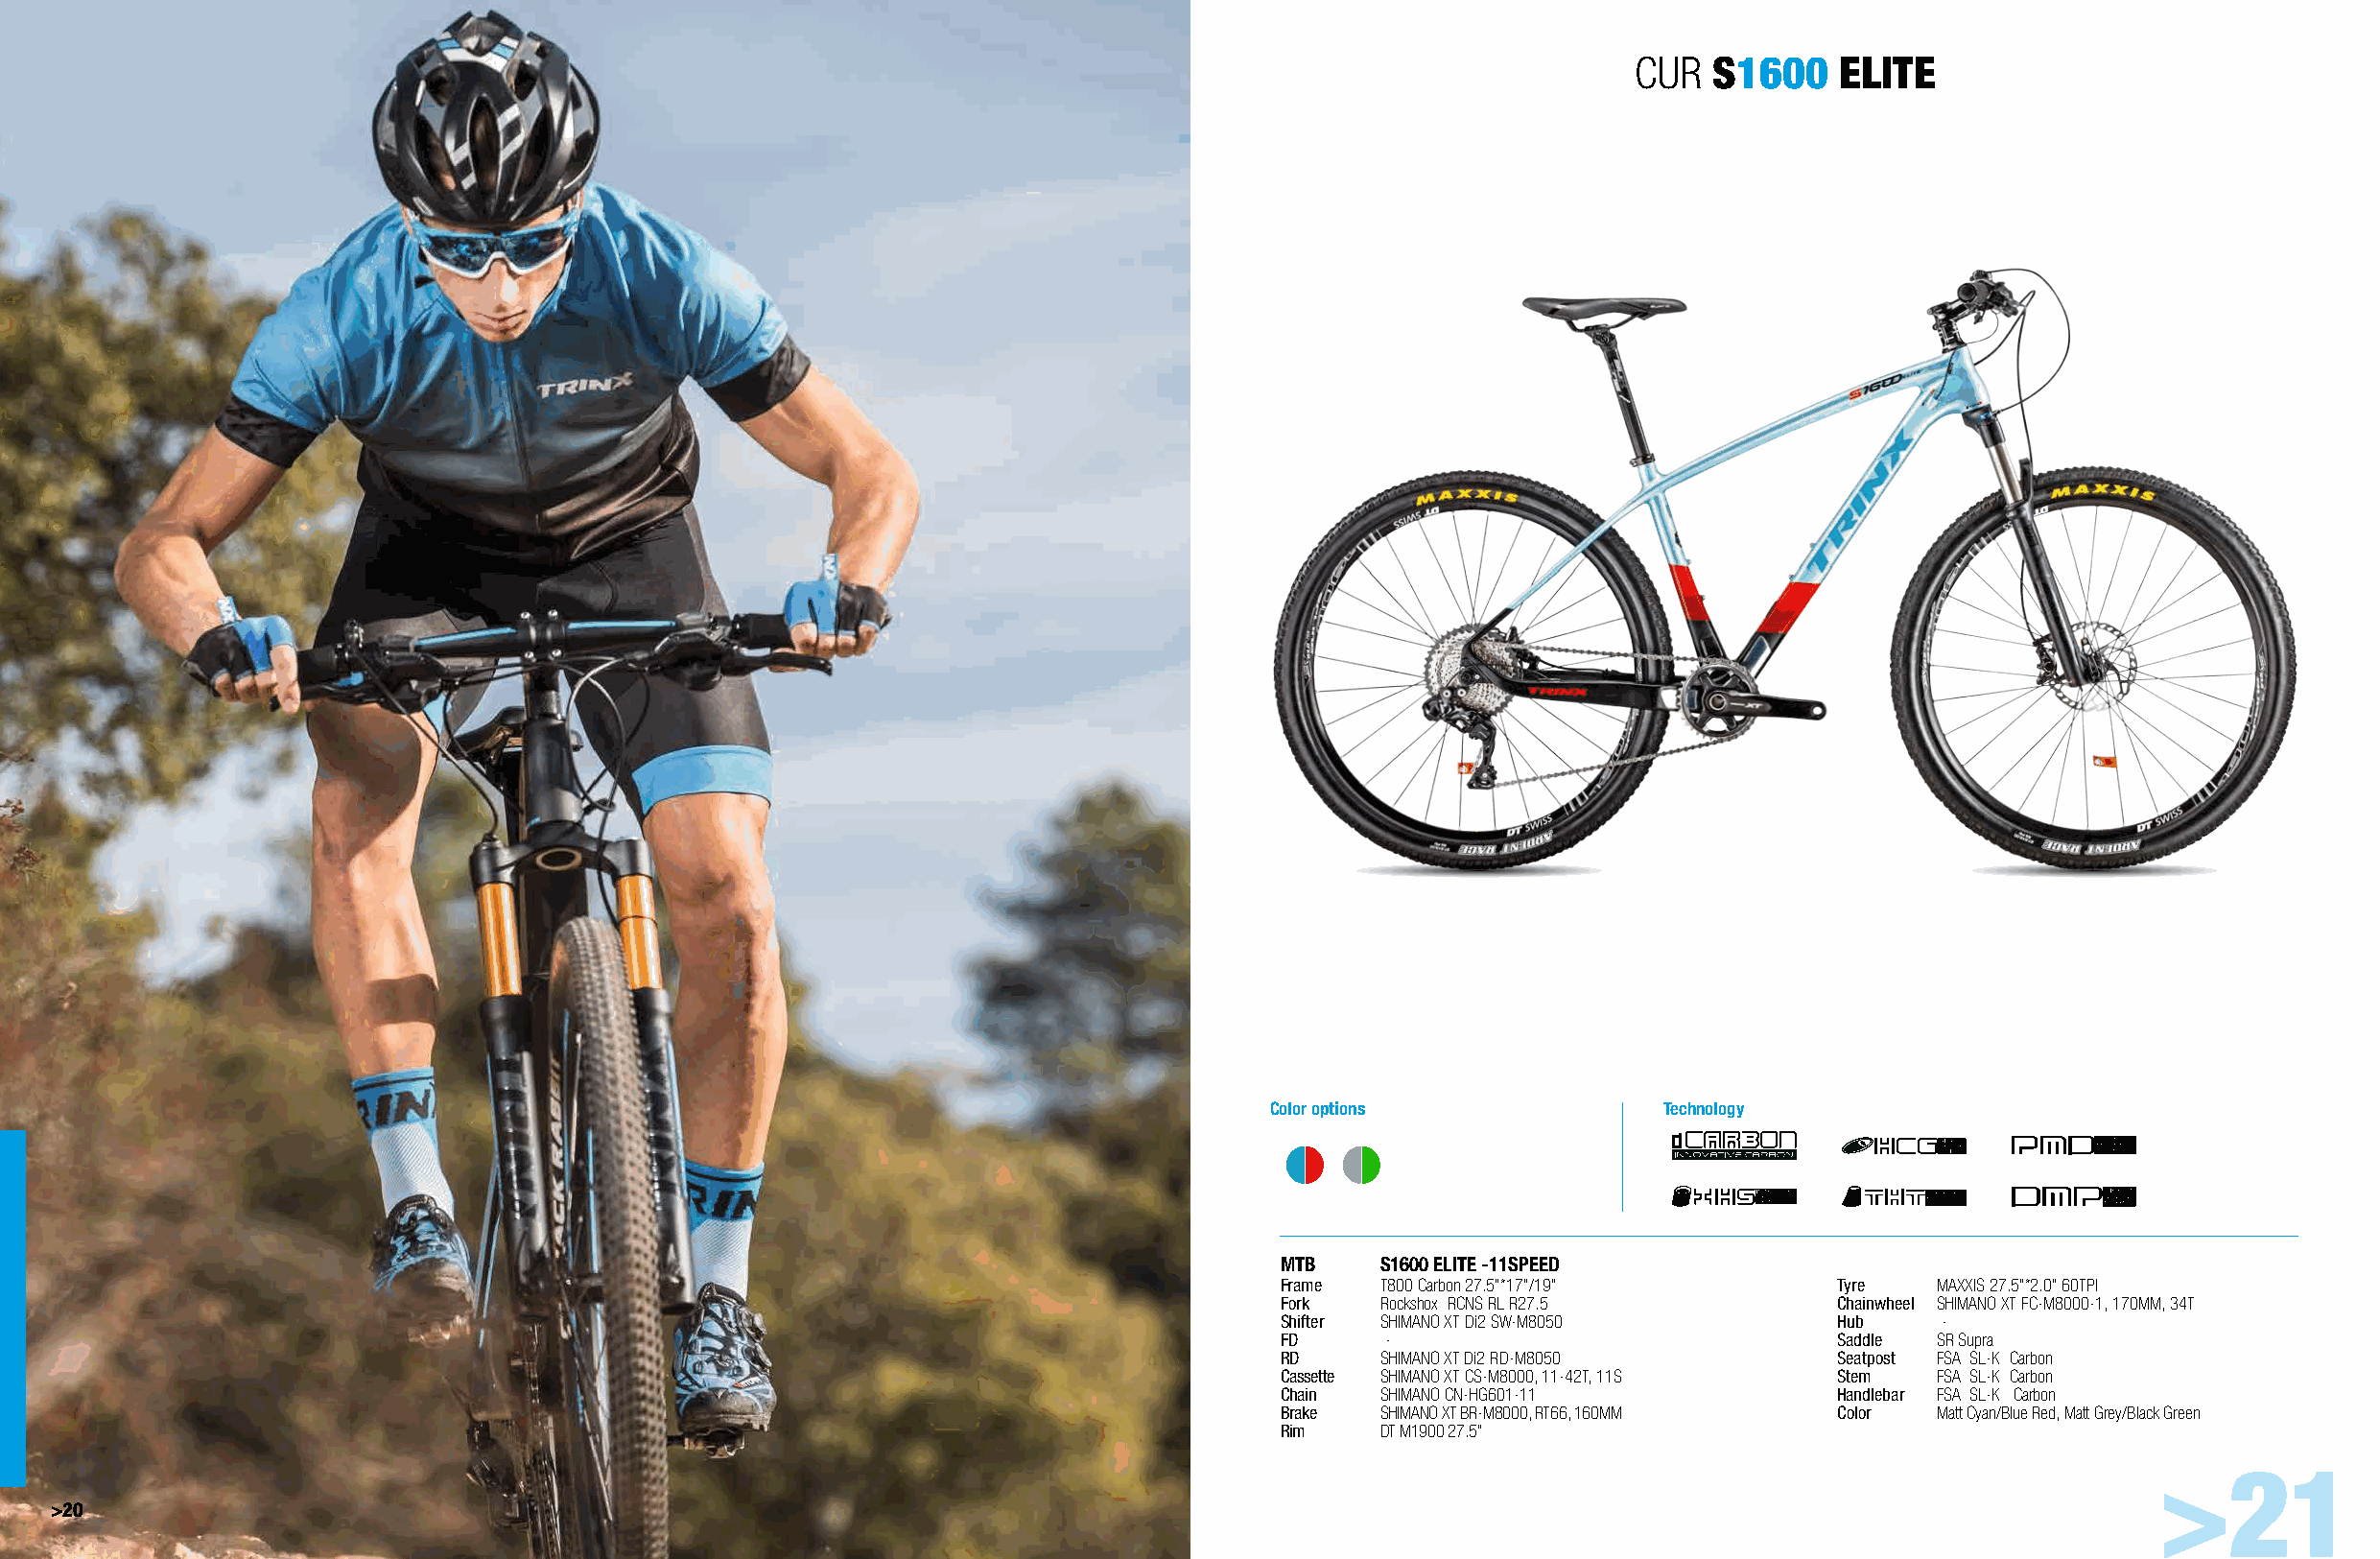
CUR  S1600    ELITE
 Color options              Technology
 MTB    S1600 ELITE -11SPEED
 Frame  T800 Carbon 27.5"*17"/19"       Tyre   MAXXIS 27.5"*2.0" 60TPI
 Fork   Rockshox RCNS RL R27.5          Chainwheel SHIMANO XT FC-M8000-1, 170MM, 34T
 Shifter SHIMANO XT Di2 SW-M8050        Hub    -
 FD      -                              Saddle SR Supra
 RD     SHIMANO XT Di2 RD-M8050         Seatpost FSA SL-K Carbon
 Cassette SHIMANO XT CS-M8000, 11-42T, 11S Stem FSA SL-K Carbon
 Chain  SHIMANO CN-HG601-11             Handlebar FSA SL-K Carbon
 Brake  SHIMANO XT BR-M8000, RT66, 160MM Color Matt Cyan/Blue Red, Matt Grey/Black Green
 Rim    DT M1900 27.5"
 >21
 >20